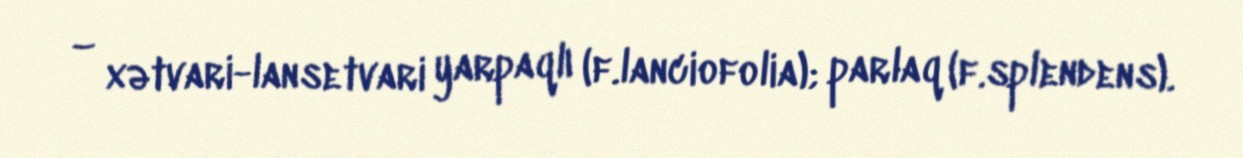
– xətvari-lansetvari yarpaqlı (f.lanciofolia); parlaq (f.splendens).